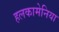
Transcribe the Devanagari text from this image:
हलकामेनिया